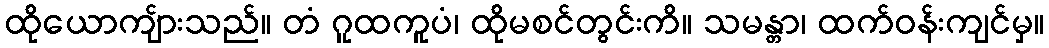
ထိုယောကျ်ားသည်။ တံ ဂူထကူပံ၊ ထိုမစင်တွင်းကိ။ သမန္တာ၊ ထက်ဝန်းကျင်မှ။